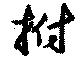
拊